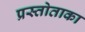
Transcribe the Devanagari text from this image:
प्रस्तोताका